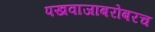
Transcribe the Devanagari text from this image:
पखवाजाबरोबरच